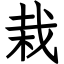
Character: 栽